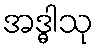
အဒ္ဓါသု